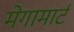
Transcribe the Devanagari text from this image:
मेगामार्ट